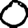
Digit: 0